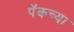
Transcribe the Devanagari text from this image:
पॅकच्या